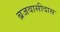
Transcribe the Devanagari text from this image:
ब्रजवासीदास